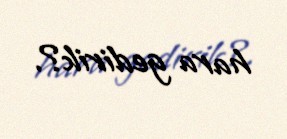
hara gedirik?.